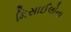
મિસાઈલોના